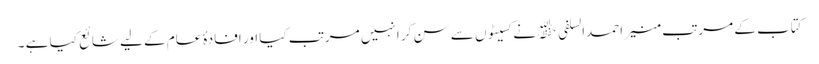
کتاب کے مرتب منیر احمدالسلفی ﷾ نے کسیٹوں سے سن کر انہیں مرتب کیا اور افادۂ عام کے لیے شائع کیا ہے ۔